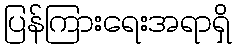
ပြန်ကြားရေးအရာရှိ